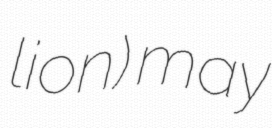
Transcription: lion) may